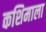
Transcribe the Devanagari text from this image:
कशिमाला